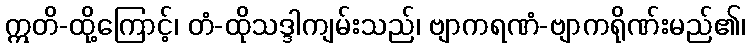
ဣတိ-ထို့ကြောင့်၊ တံ-ထိုသဒ္ဒါကျမ်းသည်၊ ဗျာကရဏံ-ဗျာကရိုဏ်းမည်၏၊